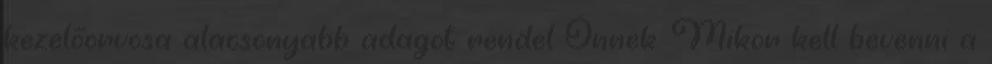
kezelőorvosa alacsonyabb adagot rendel Önnek. Mikor kell bevenni a